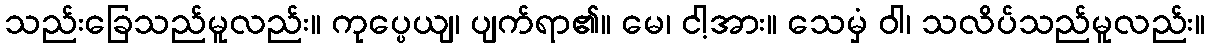
သည်းခြေသည်မူလည်း။ ကုပ္ပေယျ၊ ပျက်ရာ၏။ မေ၊ ငါ့အား။ သေမှံ ဝါ၊ သလိပ်သည်မူလည်း။